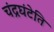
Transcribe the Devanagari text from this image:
चंद्रघंटेति